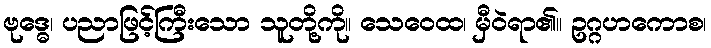
ဗုဒ္ဓေ၊ ပညာဖြင့်ကြီးသော သူတို့ကို။ သေဝေထ၊ မှီဝဲရာ၏။ ဥဂ္ဂဟကောစ၊